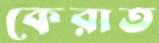
কেরাত